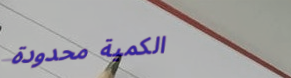
الكمية محدودة